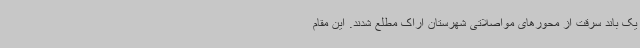
یک باند سرقت از محورهای مواصلاتی شهرستان اراک مطلع شدند. این مقام